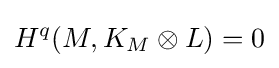
H^{q}(M,K_{M}\otimes L)=0